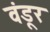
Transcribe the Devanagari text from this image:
वंडूर